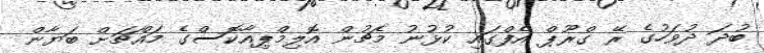
ބުދަ ދުވަހުގެ ރޭ ގްރޫޕް އެފްގައި ކުޅުނު މެޗުން އޮލިމްޕިއާކޮސްގެ މައްޗަށް ބަޔާން